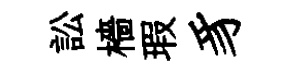
訟檣瑕豸